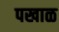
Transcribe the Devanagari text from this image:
पखाळ